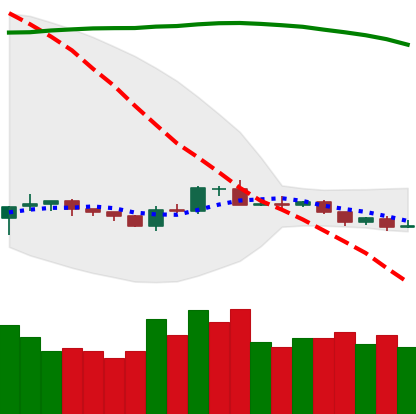
Ticker: BTC-USD
Chart end date: 2019-10-19
Forward return: -6.197%
Label: down_5_7